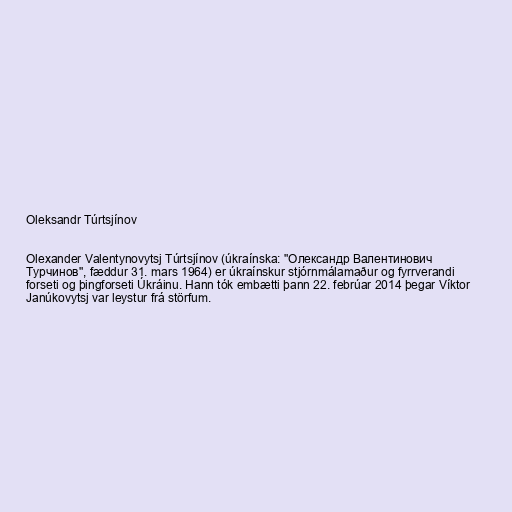
Oleksandr Túrtsjínov

Olexander Valentynovytsj Túrtsjínov (úkraínska: "Олександр Валентинович
Турчинов", fæddur 31. mars 1964) er úkraínskur stjórnmálamaður og fyrrverandi
forseti og þingforseti Úkráinu. Hann tók embætti þann 22. febrúar 2014 þegar Víktor
Janúkovytsj var leystur frá störfum.